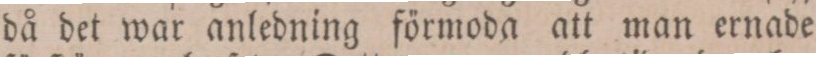
då det war anledning förmoda att man ernade